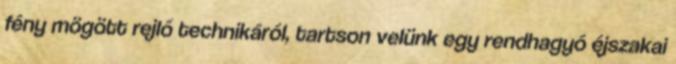
fény mögött rejlő technikáról, tartson velünk egy rendhagyó éjszakai